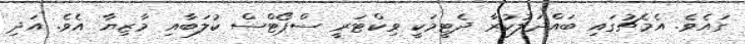
ގައެވެ. އެމެޗުގައި ބައްދަލުކުރާ ދެޓީމަކީ ވިކްޓަރީ ސްޕޯޓްސް ކުލަބާއި މާޒިޔާ އެވެ. އަދި